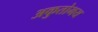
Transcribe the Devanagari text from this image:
अकुतोभय